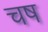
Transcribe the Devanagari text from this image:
चष